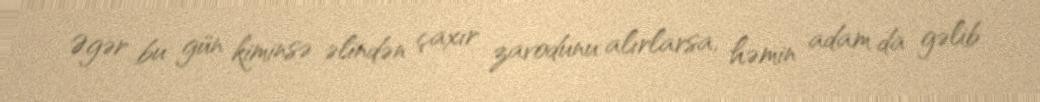
Əgər bu gün kiminsə əlindən çaxır zavodunu alırlarsa, həmin adam da gəlib